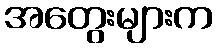
အတွေးများက